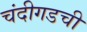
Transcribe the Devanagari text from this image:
चंदीगडची